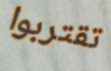
تقتربوا